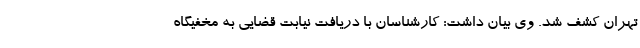
تهران کشف شد. وی بیان داشت: کارشناسان با دریافت نیابت قضایی به مخفیگاه